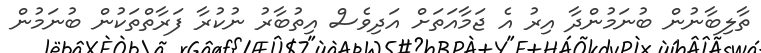
ތާލިބާނުން ބުނަމުންދާ އިރު އެ ޖަމާއަތަށް އަދިވެސް އިތުބާރު ނުކުރާ ފަރާތްތަކުން ބުނަމުން